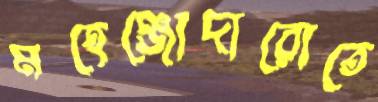
মহেঞ্জোদারোতে